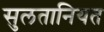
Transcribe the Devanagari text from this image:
सुलतानियत